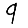
Digit: 9